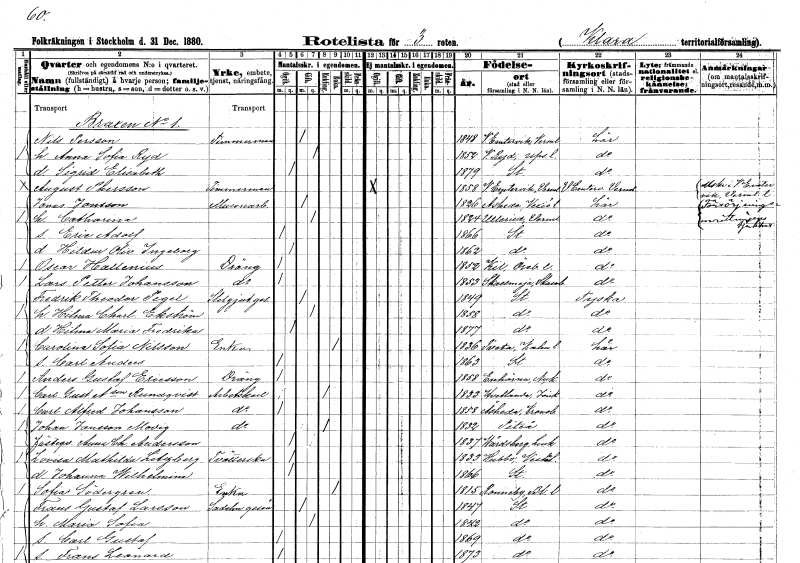
gt_parse: households: individuals: FN: Nils
EN: Persson
YRKE: Timmerman
KON: M
CIV: G
FODAR: 1848
FODFORS: Västra Ämtervik Värmlands län
FN: Anna Sofia
EN: Ryd
KON: K
CIV: G
FODAR: 1852
FODFORS: Västra Ryd Stockholms län
FN: Sigrid Elisabeth
KON: K
CIV: O
FODAR: 1879
FODFORS: Stockholm
FN: August
EN: Phersson
YRKE: Timmerman
KON: M
CIV: O
FODAR: 1858
FODFORS: Västra Ämtervik Värmlands län
FN: Jonas
EN: Jonsson
YRKE: Mureriarbetare
KON: M
CIV: G
FODAR: 1826
FODFORS: Åseda Kronobergs län
FN: Catharina
KON: K
CIV: G
FODAR: 1824
FODFORS: Ullerud Värmlands län
FN: Eric Adolf
KON: M
CIV: O
FODAR: 1866
FODFORS: Stockholm
FN: Hildur Olivia Ingeborg
KON: K
CIV: O
FODAR: 1862
FODFORS: Stockholm
FN: Oscar
EN: Hallenius
YRKE: Dräng
KON: M
CIV: O
FODAR: 1852
FODFORS: Kil Örebro län
FN: Lars Petter
EN: Johansson
YRKE: Dräng
KON: M
CIV: O
FODAR: 1853
FODFORS: Skallmeja Skaraborgs län
FN: Fredrik Theodor
EN: Pegel
YRKE: Stilgjutaregesäll
KON: M
CIV: G
FODAR: 1849
FODFORS: Stockholm
FN: Hilma Charlotta
EN: Ekström
KON: K
CIV: G
FODAR: 1858
FODFORS: Stockholm
FN: Hilma Maria Fredrika
KON: K
CIV: O
FODAR: 1877
FODFORS: Stockholm
FN: Carolina Sofia
EN: Nilsson
YRKE: Änka
KON: K
CIV: E
FODAR: 1836
FODFORS: Tveta Kalmar län
FN: Carl Anders
KON: M
CIV: O
FODAR: 1863
FODFORS: Stockholm
FN: Anders Gustaf
EN: Ericsson
YRKE: Dräng
KON: M
CIV: O
FODAR: 1858
FODFORS: Enhörna Stockholms län
FN: Carl Gustaf
EN: A:son Rundqvist
YRKE: Arbetskarl
KON: M
CIV: E
FODAR: 1833
FODFORS: Vetlanda Jönköpings län
FN: Carl Alfred
EN: Johansson
YRKE: Arbetskarl
KON: M
CIV: O
FODAR: 1858
FODFORS: Åseda Kronobergs län
FN: Johan
EN: Jansson Modig
YRKE: Arbetskarl
KON: M
CIV: E
FODAR: 1832
FODFORS: Piteå Norrbottens län
FN: Anna Charlotta
EN: Andersson
KON: K
CIV: O
FODAR: 1837
FODFORS: Vårdsberg Östergötlands län
FN: Lovisa Matilda
EN: Litzberg
YRKE: Tvätterska
KON: K
CIV: O
FODAR: 1833
FODFORS: Hubbo Västmanlands län
FN: Johanna Wilhelmina
KON: K
CIV: O
FODAR: 1866
FODFORS: Stockholm
FN: Sofia
EN: Södergren
YRKE: Änka
KON: K
CIV: E
FODAR: 1815
FODFORS: Ronneby Blekinge län
FN: Frans Gustaf
EN: Larsson
YRKE: Sadelmakaregesäll
KON: M
CIV: G
FODAR: 1847
FODFORS: Stockholm
FN: Maria Sofia
KON: K
CIV: G
FODAR: 1842
FODFORS: Stockholm
FN: Carl Gustaf
KON: M
CIV: O
FODAR: 1869
FODFORS: Stockholm
FN: Frans Leonard
KON: M
CIV: O
FODAR: 1873
FODFORS: Stockholm